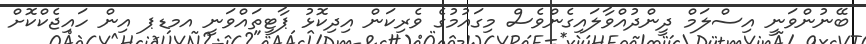
ބޭނުންވަނީ އިސްލަމް ދީންދުއްވާލައިގެންވެސް މިގައުމުގެ ވެރިކަން އިދިކޮޅު ޕާޓީތައްވަނީ އމޑޕ އިން ހައިޖެކްކޮށް